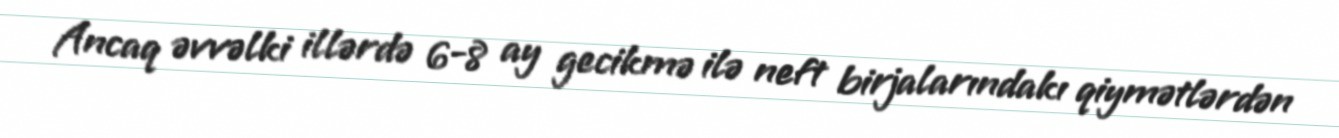
Ancaq əvvəlki illərdə 6-8 ay gecikmə ilə neft birjalarındakı qiymətlərdən